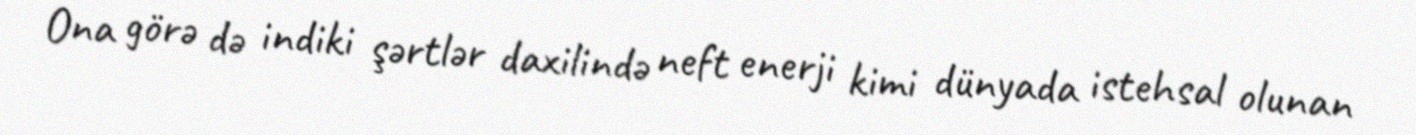
Ona görə də indiki şərtlər daxilində neft enerji kimi dünyada istehsal olunan